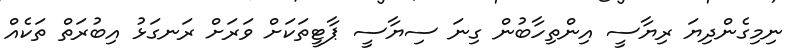
ނިމިގެންދިޔަ ރިޔާސީ އިންތިހާބުން ގިނަ ސިޔާސީ ޕާޓީތަކަށް ވަރަށް ރަނގަޅު އިބުރަތް ތަކެއް